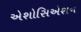
એશોસિએશન